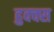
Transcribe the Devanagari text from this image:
हुक्क्स